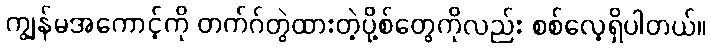
ကျွန်မအကောင့်ကို တက်ဂ်တွဲထားတဲ့ပို့စ်တွေကိုလည်း စစ်လေ့ရှိပါတယ်။